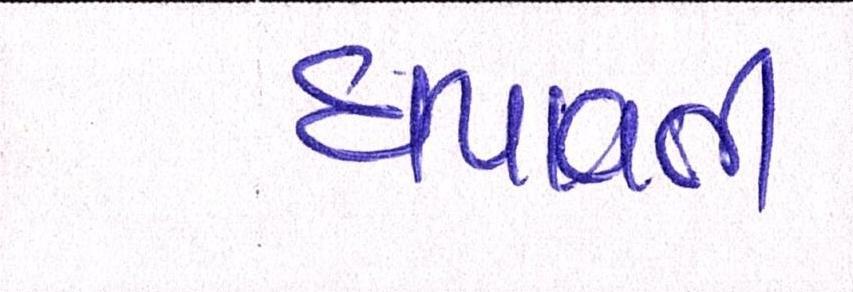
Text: ધપાવવી